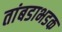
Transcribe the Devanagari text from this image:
तांबडाभडक